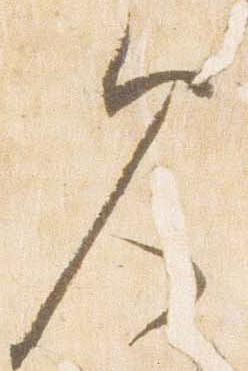
見